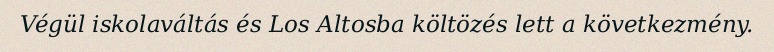
Végül iskolaváltás és Los Altosba költözés lett a következmény.